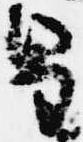
皇